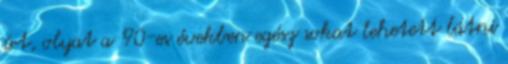
írt, olyat a '90-es években egész sokat lehetett látni